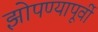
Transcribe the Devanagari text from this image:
झोपण्यापूर्वी